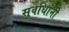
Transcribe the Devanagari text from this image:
सुवधिांनी